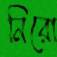
নিরো